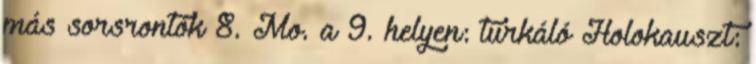
más sorsrontók 8. Mo. a 9. helyen: turkáló Holokauszt: